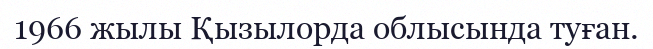
1966 жылы Қызылорда облысында туған.